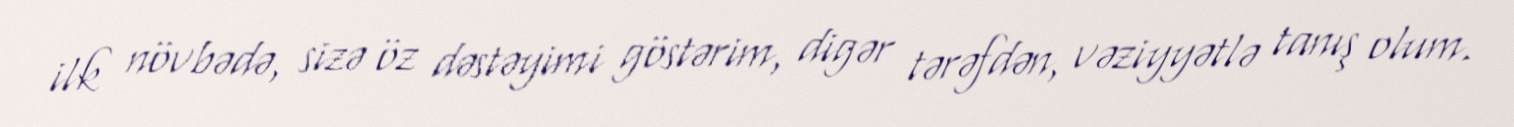
ilk növbədə, sizə öz dəstəyimi göstərim, digər tərəfdən, vəziyyətlə tanış olum.